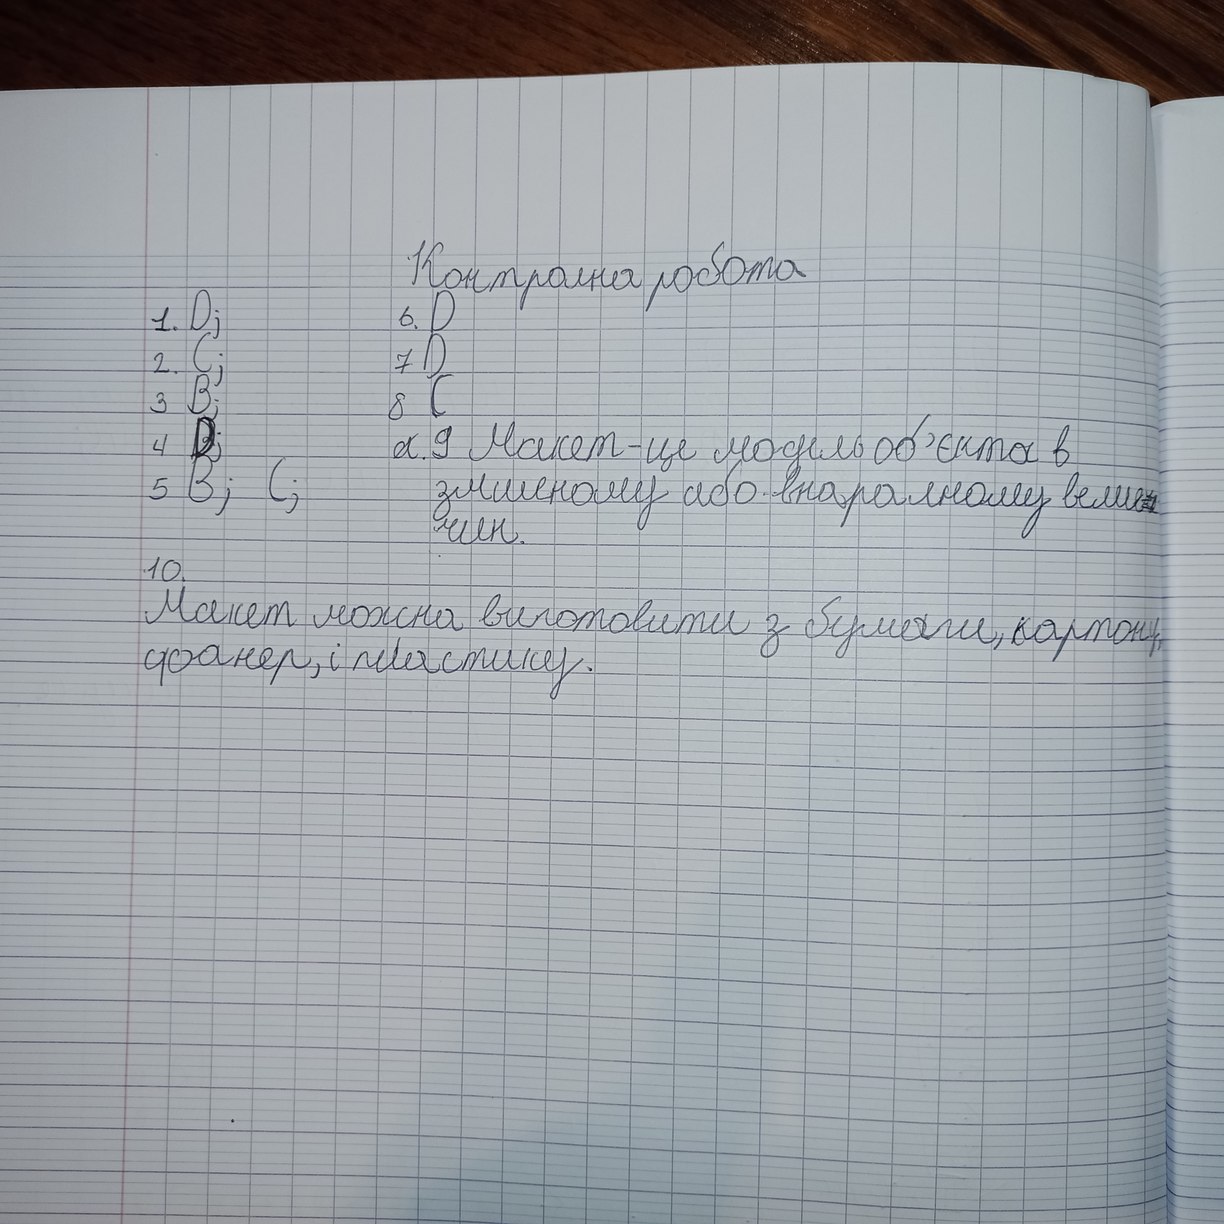
Контрольна робота
1. D;
6. D
7 D
2. C;
8 С
3 B;
4 D;
~~а~~. 9 Макет-це модель об'єкта в
5 B; C;
змшеному або внаралному вели -
чин.
10.
Макет можна виготовити з бумаги, картону,
фанер, і пластику.